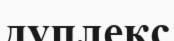
дуплекс